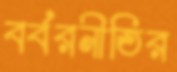
বর্বরনীতির